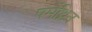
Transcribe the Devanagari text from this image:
पर्मेथ्रिन